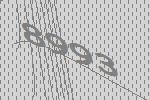
8993